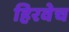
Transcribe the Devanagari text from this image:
हिरवेच